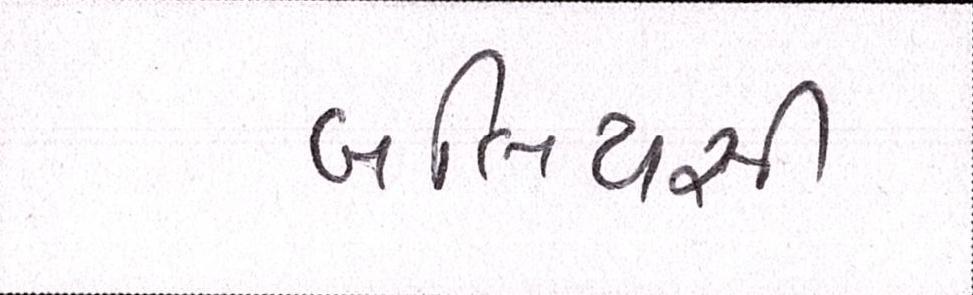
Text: બલિયસી